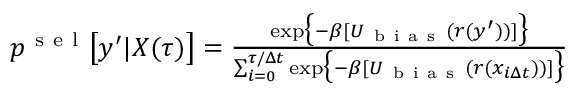
\begin{array} { r } { p ^ { \mathrm { ~ s ~ e ~ l ~ } } \bigl [ y ^ { \prime } | X ( \tau ) \bigr ] = \frac { \exp \bigl \{ - \beta [ U _ { \mathrm { ~ b ~ i ~ a ~ s ~ } } ( r ( y ^ { \prime } ) ) ] \bigr \} } { \sum _ { i = 0 } ^ { \tau / \Delta t } \exp \bigl \{ - \beta [ U _ { \mathrm { ~ b ~ i ~ a ~ s ~ } } ( r ( x _ { i \Delta t } ) ) ] \bigr \} } } \end{array}